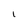
Character: 1